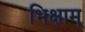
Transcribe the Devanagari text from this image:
भिक्षाम्